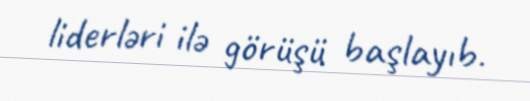
liderləri ilə görüşü başlayıb.